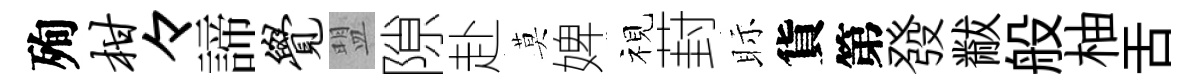
殉柑々諦觉盟隙赴莫婢视葑眎貨第發黻般柚舌